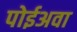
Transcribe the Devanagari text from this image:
पोईअवा